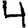
Digit: 4